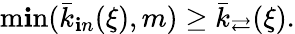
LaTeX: \operatorname*{m\mathbf{i}n}(\bar{{k}}_{\mathbf{i}n}(\xi),m)\geq\bar{{k}}_{\rightleftarrows}(\xi).